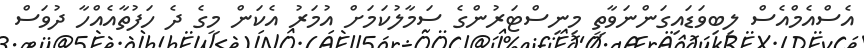
އެސްއެމްއެސް ލިބިވަޑައިގަންނަވާތީ މިނިސްޓަރުންގެ ސަމާލުކަމަށް އުމަރު އެކަން މީގެ ދެ ހަފުތާއެއްހާ ދުވަސް